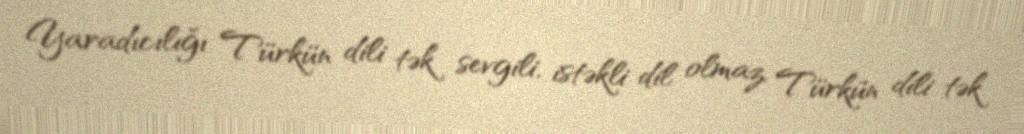
Yaradıcılığı Türkün dili tək sevgili, istəkli dil olmaz, Türkün dili tək